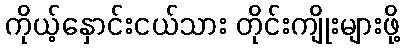
ကိုယ့်နှောင်းငယ်သား တိုင်းကျိုးများဖို့